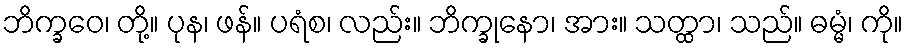
ဘိက္ခဝေ၊ တို့။ ပုန၊ ဖန်။ ပရံစ၊ လည်း။ ဘိက္ခုနော၊ အား။ သတ္ထာ၊ သည်။ ဓမ္မံ၊ ကို။